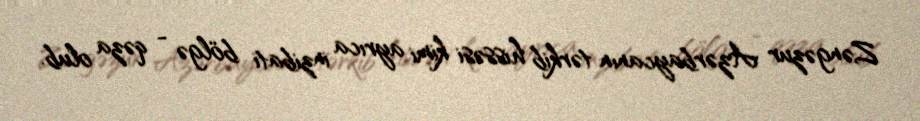
Zəngəzur Azərbaycanın tərkib hissəsi kimi ayrıca inzibati bölgə - qəza olub.